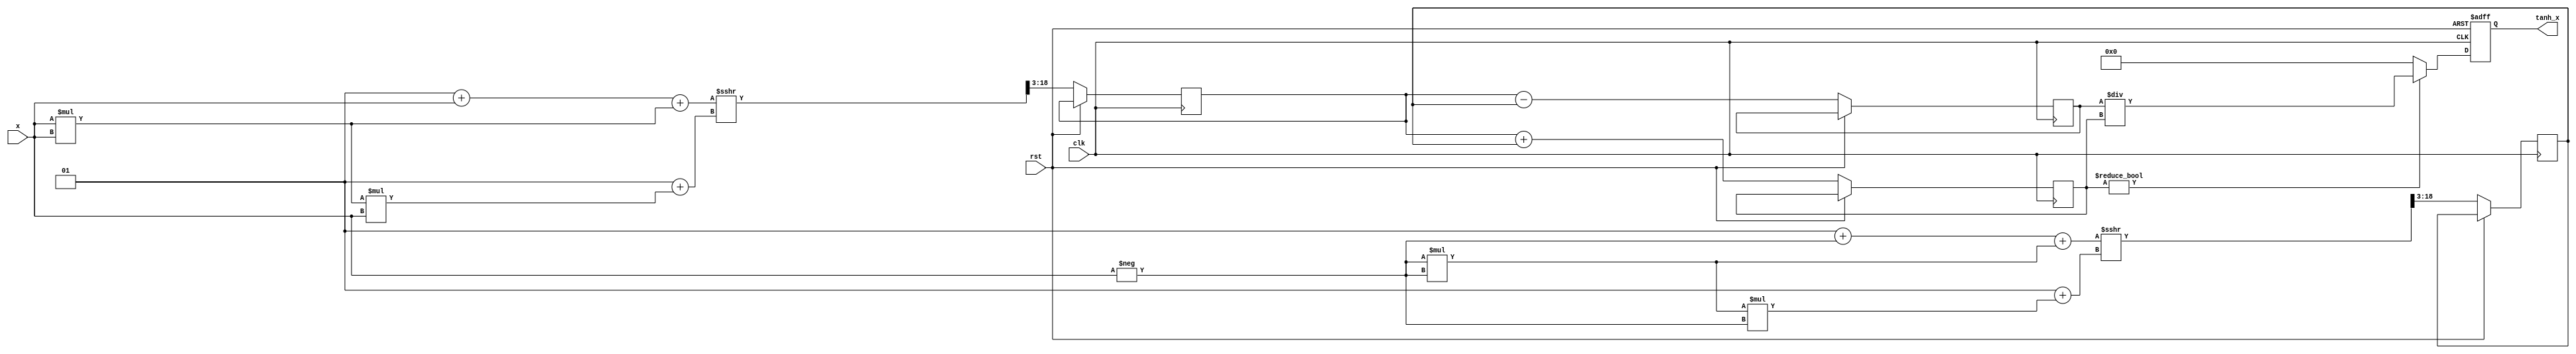
module tanh_block #(
    parameter INPUT_WIDTH = 16,   // Width of input signal
    parameter OUTPUT_WIDTH = 16    // Width of output signal
)(
    input wire clk,                // Clock signal
    input wire rst,                // Reset signal
    input wire signed [INPUT_WIDTH-1:0] x, // Input signal
    output reg signed [OUTPUT_WIDTH-1:0] tanh_x // Output signal
);

    // Internal signals
    reg signed [INPUT_WIDTH-1:0] exp_x;
    reg signed [INPUT_WIDTH-1:0] exp_neg_x;
    reg signed [INPUT_WIDTH-1:0] numerator;
    reg signed [INPUT_WIDTH-1:0] denominator;

    // Exponentiation function (simple approximation)
    function signed [INPUT_WIDTH-1:0] exp_func(input signed [INPUT_WIDTH-1:0] value);
        begin
            // Simple polynomial approximation for e^x
            // e^x  1 + x + x^2/2! + x^3/3! (limited range)
            exp_func = 1 + value + (value * value) >>> 1 + (value * value * value) >>> 3; // Shift right for division
        end
    endfunction

    always @(posedge clk or posedge rst) begin
        if (rst) begin
            tanh_x <= 0;
        end else begin
            // Calculate e^x and e^(-x)
            exp_x <= exp_func(x);
            exp_neg_x <= exp_func(-x);

            // Calculate numerator and denominator
            numerator <= exp_x - exp_neg_x;
            denominator <= exp_x + exp_neg_x;

            // Calculate tanh(x) = numerator / denominator
            if (denominator != 0) begin
                tanh_x <= numerator / denominator; // Simple division
            end else begin
                tanh_x <= 0; // Handle division by zero
            end
        end
    end

endmodule